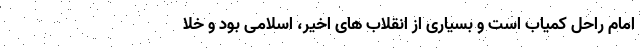
امام راحل کمیاب است و بسیاری از انقلاب های اخیر، اسلامی بود و خلا